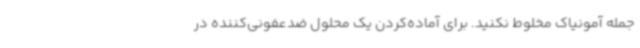
جمله آمونیاک مخلوط نکنید. برای آماده‌کردن یک محلول ضدعفونی‌کننده در